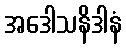
အဒေါသနိဒါနံ